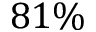
8 1 \%